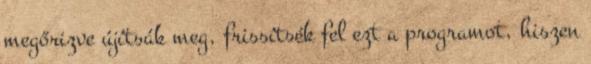
megőrizve újítsák meg, frissítsék fel ezt a programot, hiszen